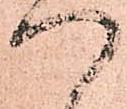
つ